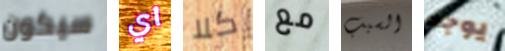
سيكون اي كلا مع السبب يوجد